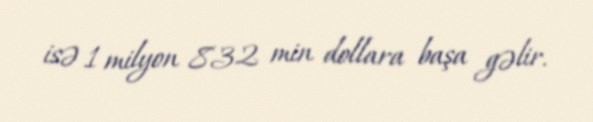
isə 1 milyon 832 min dollara başa gəlir.